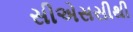
સીએસસીથી